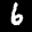
Label: 6